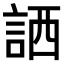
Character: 𧧍